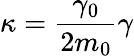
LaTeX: \kappa=\frac{\gamma_{0}}{2m_{0}}\gamma